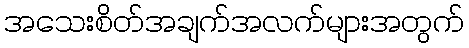
အသေးစိတ်အချက်အလက်များအတွက်